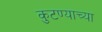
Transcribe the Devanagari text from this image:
कुटण्याच्या